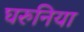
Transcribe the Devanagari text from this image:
घरुनिया